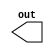
`timescale 1ns / 1ps
//////////////////////////////////////////////////////////////////////////////////
// Company: 
// Engineer: 
// 
// Design Name: 
// Module Name: block_ram
// Project Name: 
// Target Devices: 
// Tool Versions: 
// Description: 
// 
// Dependencies: 
// 
// Revision:
// Revision 0.01 - File Created
// Additional Comments:
// 
//////////////////////////////////////////////////////////////////////////////////


module BRAM(
       output[15:0] out
    );
endmodule